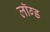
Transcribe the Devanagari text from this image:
लॉग्ड